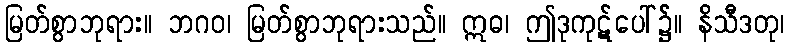
မြတ်စွာဘုရား။ ဘဂဝ၊ မြတ်စွာဘုရားသည်။ ဣဓ၊ ဤဒုကုဋ်ပေါ်၌်။ နိသီဒတု၊